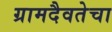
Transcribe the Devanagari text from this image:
ग्रामदैवतेचा